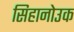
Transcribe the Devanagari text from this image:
सिहानोउक